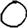
Digit: 0